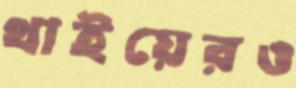
থাইয়েরও